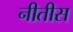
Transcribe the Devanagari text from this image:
नीतीस